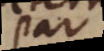
par